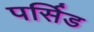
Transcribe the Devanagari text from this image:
पर्सिड